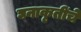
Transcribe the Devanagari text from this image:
घनाकृतींचे